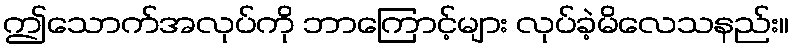
ဤသောက်အလုပ်ကို ဘာကြောင့်များ လုပ်ခဲ့မိလေသနည်း။